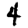
Digit: 4